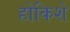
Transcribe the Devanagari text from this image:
होकिशे